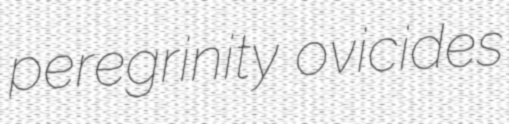
peregrinity ovicides